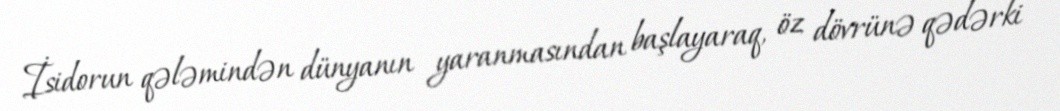
İsidorun qələmindən dünyanın yaranmasından başlayaraq, öz dövrünə qədərki